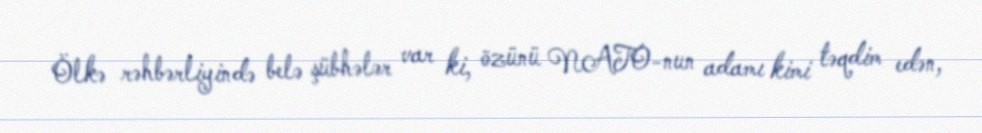
Ölkə rəhbərliyində belə şübhələr var ki, özünü NATO-nun adamı kimi təqdim edən,